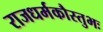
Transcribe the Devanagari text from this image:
राजधर्मकौस्तुभः